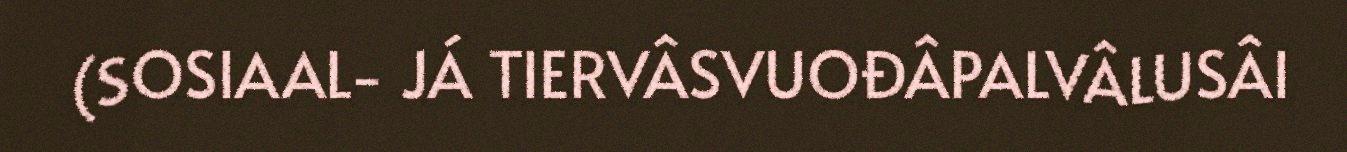
(SOSIAAL- JÁ TIERVÂSVUOĐÂPALVÂLUSÂI